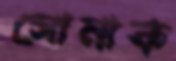
সোনাক